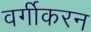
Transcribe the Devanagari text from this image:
वर्गीकरन